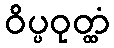
ဝိပ္ပဝုတ္ထံ